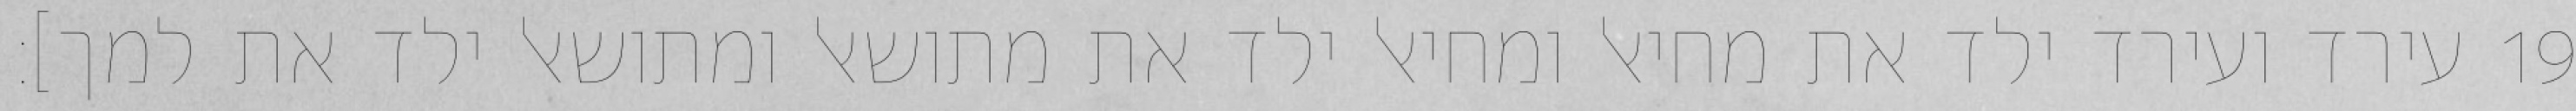
עירד ועירד ילד את מחיאל ומחיאל ילד את מתושאל ומתושאל ילד את למך]׃ ‎19‏